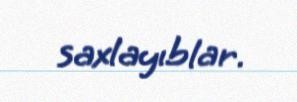
saxlayıblar.